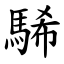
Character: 䮎